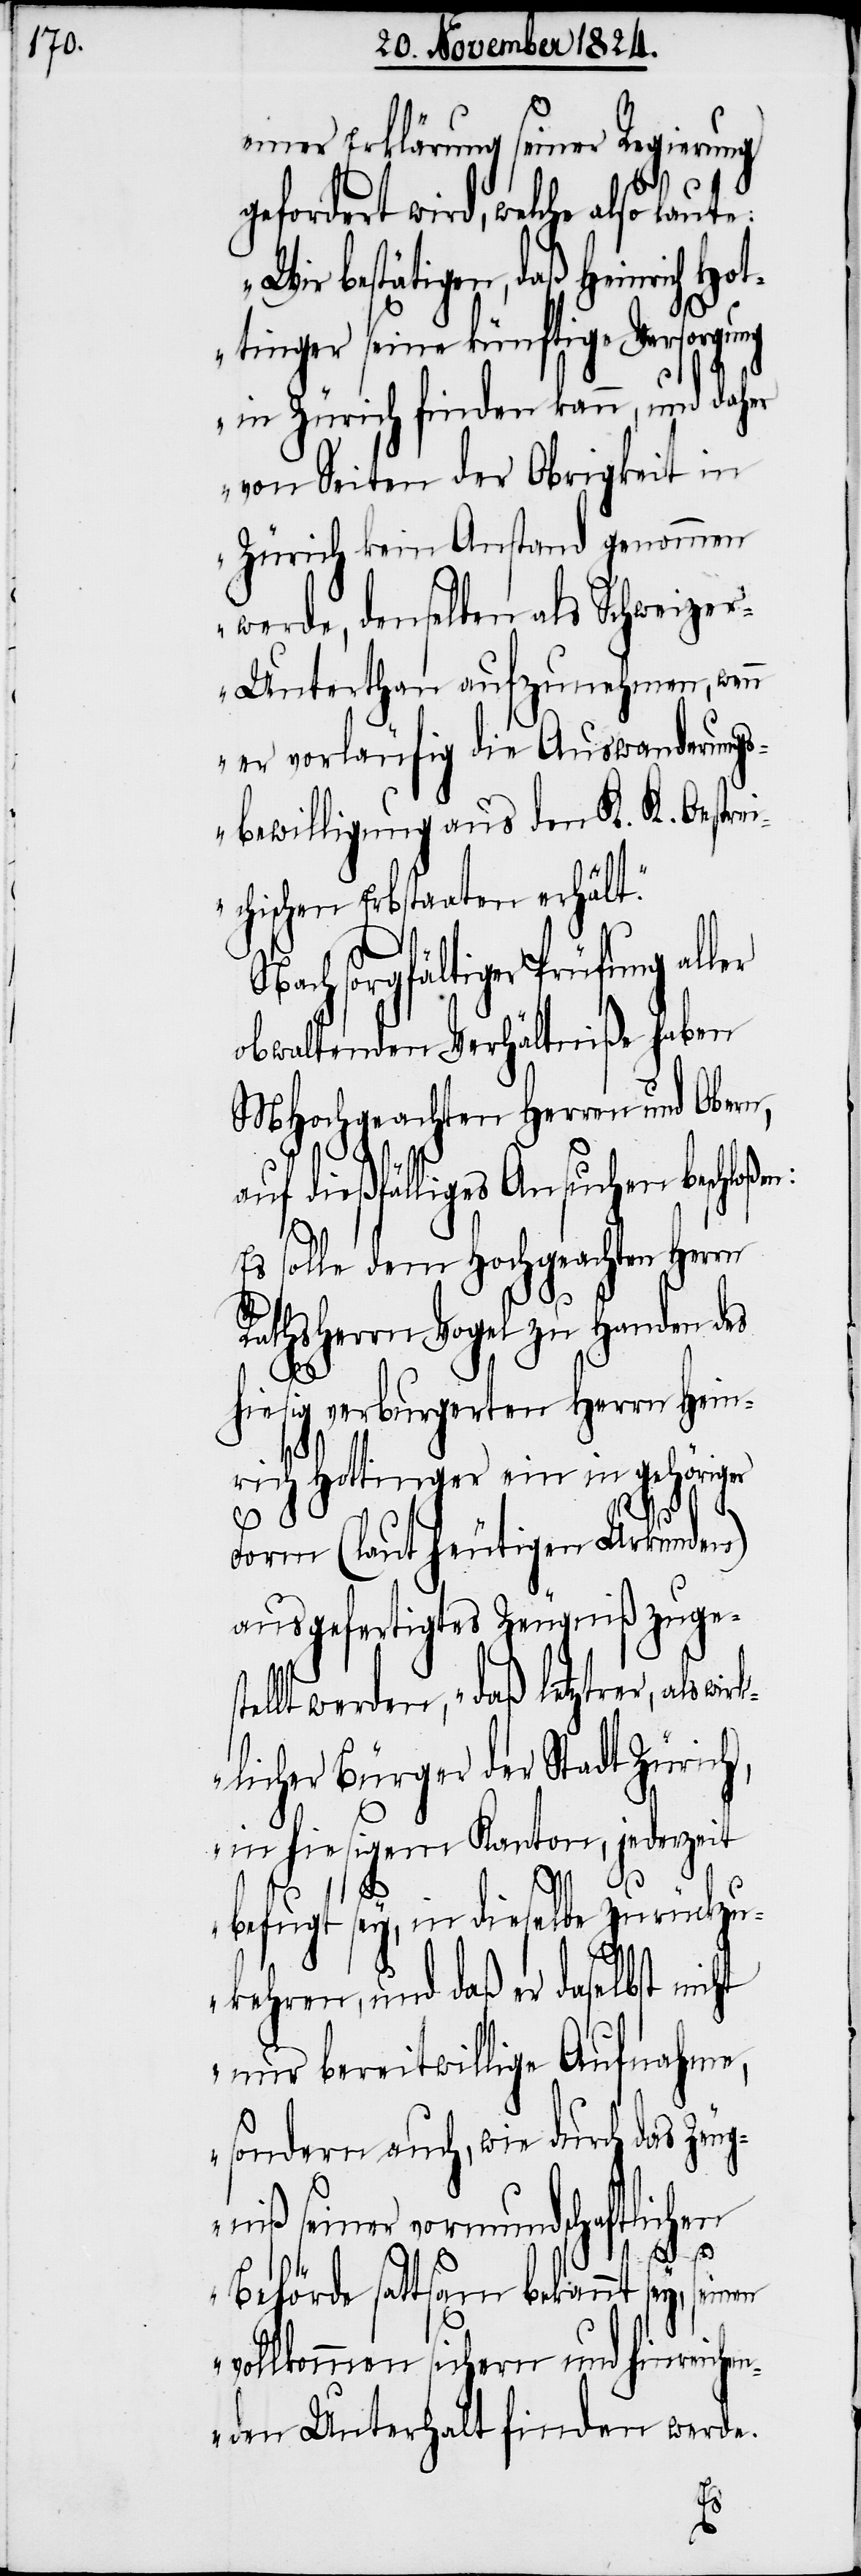
einer Erklärung seiner Regierung
gefordert wird, welche also laut¬
„Wir bestätigen, daß Heinrich Ho¬
ttinger seine künftige Versorgung
in Zürich finden kann, und daher
von Seiten der Obrigkeit in
Zürich kein Anstand genommen
werde, denselben als Schweize¬
r-Unterthan aufzunehmen, wenn
er vorläufig die Auswanderung¬
sbewilligung aus dem K. K. Oestrei¬
chischen Erbstaaten erhält.“
Nach sorgfältiger Prüfung al¬
obwaltenden Verhältniße haben
MHochgeachten Herren und Obern,
auf dießfälliges Ansuchen beschloße¬
Es solle dem Hochgeachten Herrn
Rathsherrn Vogel zu Handen des
hiesig verburgerten Herrn Hein¬
rich Hottinger ein in gehöriger
wir¬
Form (laut heutigen Urkunden)
ausgefertigtes Zeugniß zugest¬
ellt werden, „daß letztrer, als
klicher Bürger der Stadt Zürich,
in hiesigem Kanton, jederzeit
befugt sey, in dieselbe zurückzu¬
kehren, und daß der daselbst nicht
nur bereitwillige Aufnahme,
sondern auch, wie durch das Zeug¬
niß seiner vormundschaftlichen
Behörde sattsam bekannt sey,
vollkommen sichern und hinreiche¬
nden Unterhalt finden werde.